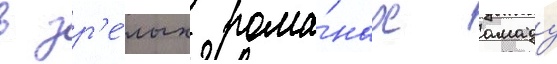
в зр'е́лых рома́нах амаду